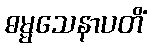
ဓမ္မသေနာပတိံ